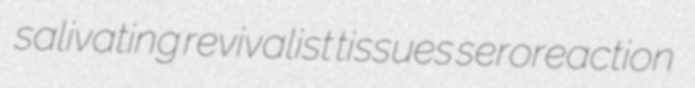
salivating revivalist tissues seroreaction